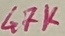
Text: 47K